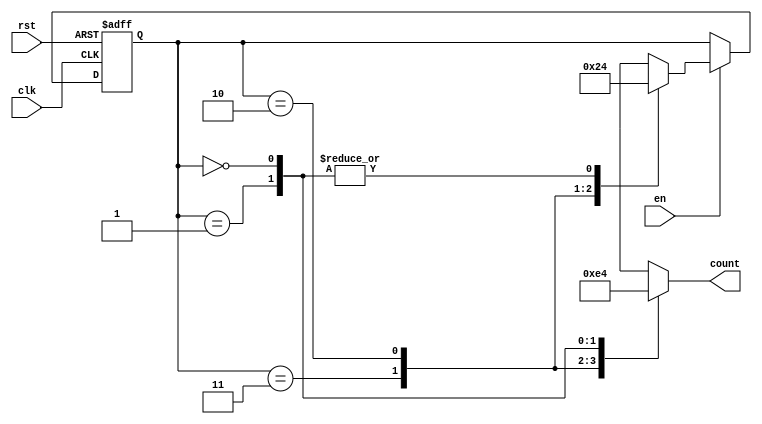
module down_counter_moore (
    input wire clk,       // Clock signal
    input wire rst,       // Asynchronous reset
    input wire en,        // Enable signal
    output reg [1:0] count // 2-bit output for count value (S3 to S0)
);

// State encoding
localparam S3 = 2'b11; // State 3
localparam S2 = 2'b10; // State 2
localparam S1 = 2'b01; // State 1
localparam S0 = 2'b00; // State 0

// Current state register
reg [1:0] current_state;

// Sequential logic for state transitions
always @(posedge clk or posedge rst) begin
    if (rst) begin
        current_state <= S3; // Reset to initial state (S3)
    end else if (en) begin
        case (current_state)
            S3: current_state <= S2; // Transition from S3 to S2
            S2: current_state <= S1; // Transition from S2 to S1
            S1: current_state <= S0; // Transition from S1 to S0
            S0: current_state <= S0; // Remain in S0
            default: current_state <= S3; // Default case (should not occur)
        endcase
    end
end

// Combinatorial logic for output
always @(*) begin
    case (current_state)
        S3: count = 2'b11; // Output for state S3
        S2: count = 2'b10; // Output for state S2
        S1: count = 2'b01; // Output for state S1
        S0: count = 2'b00; // Output for state S0
        default: count = 2'b00; // Default output (should not occur)
    endcase
end

endmodule